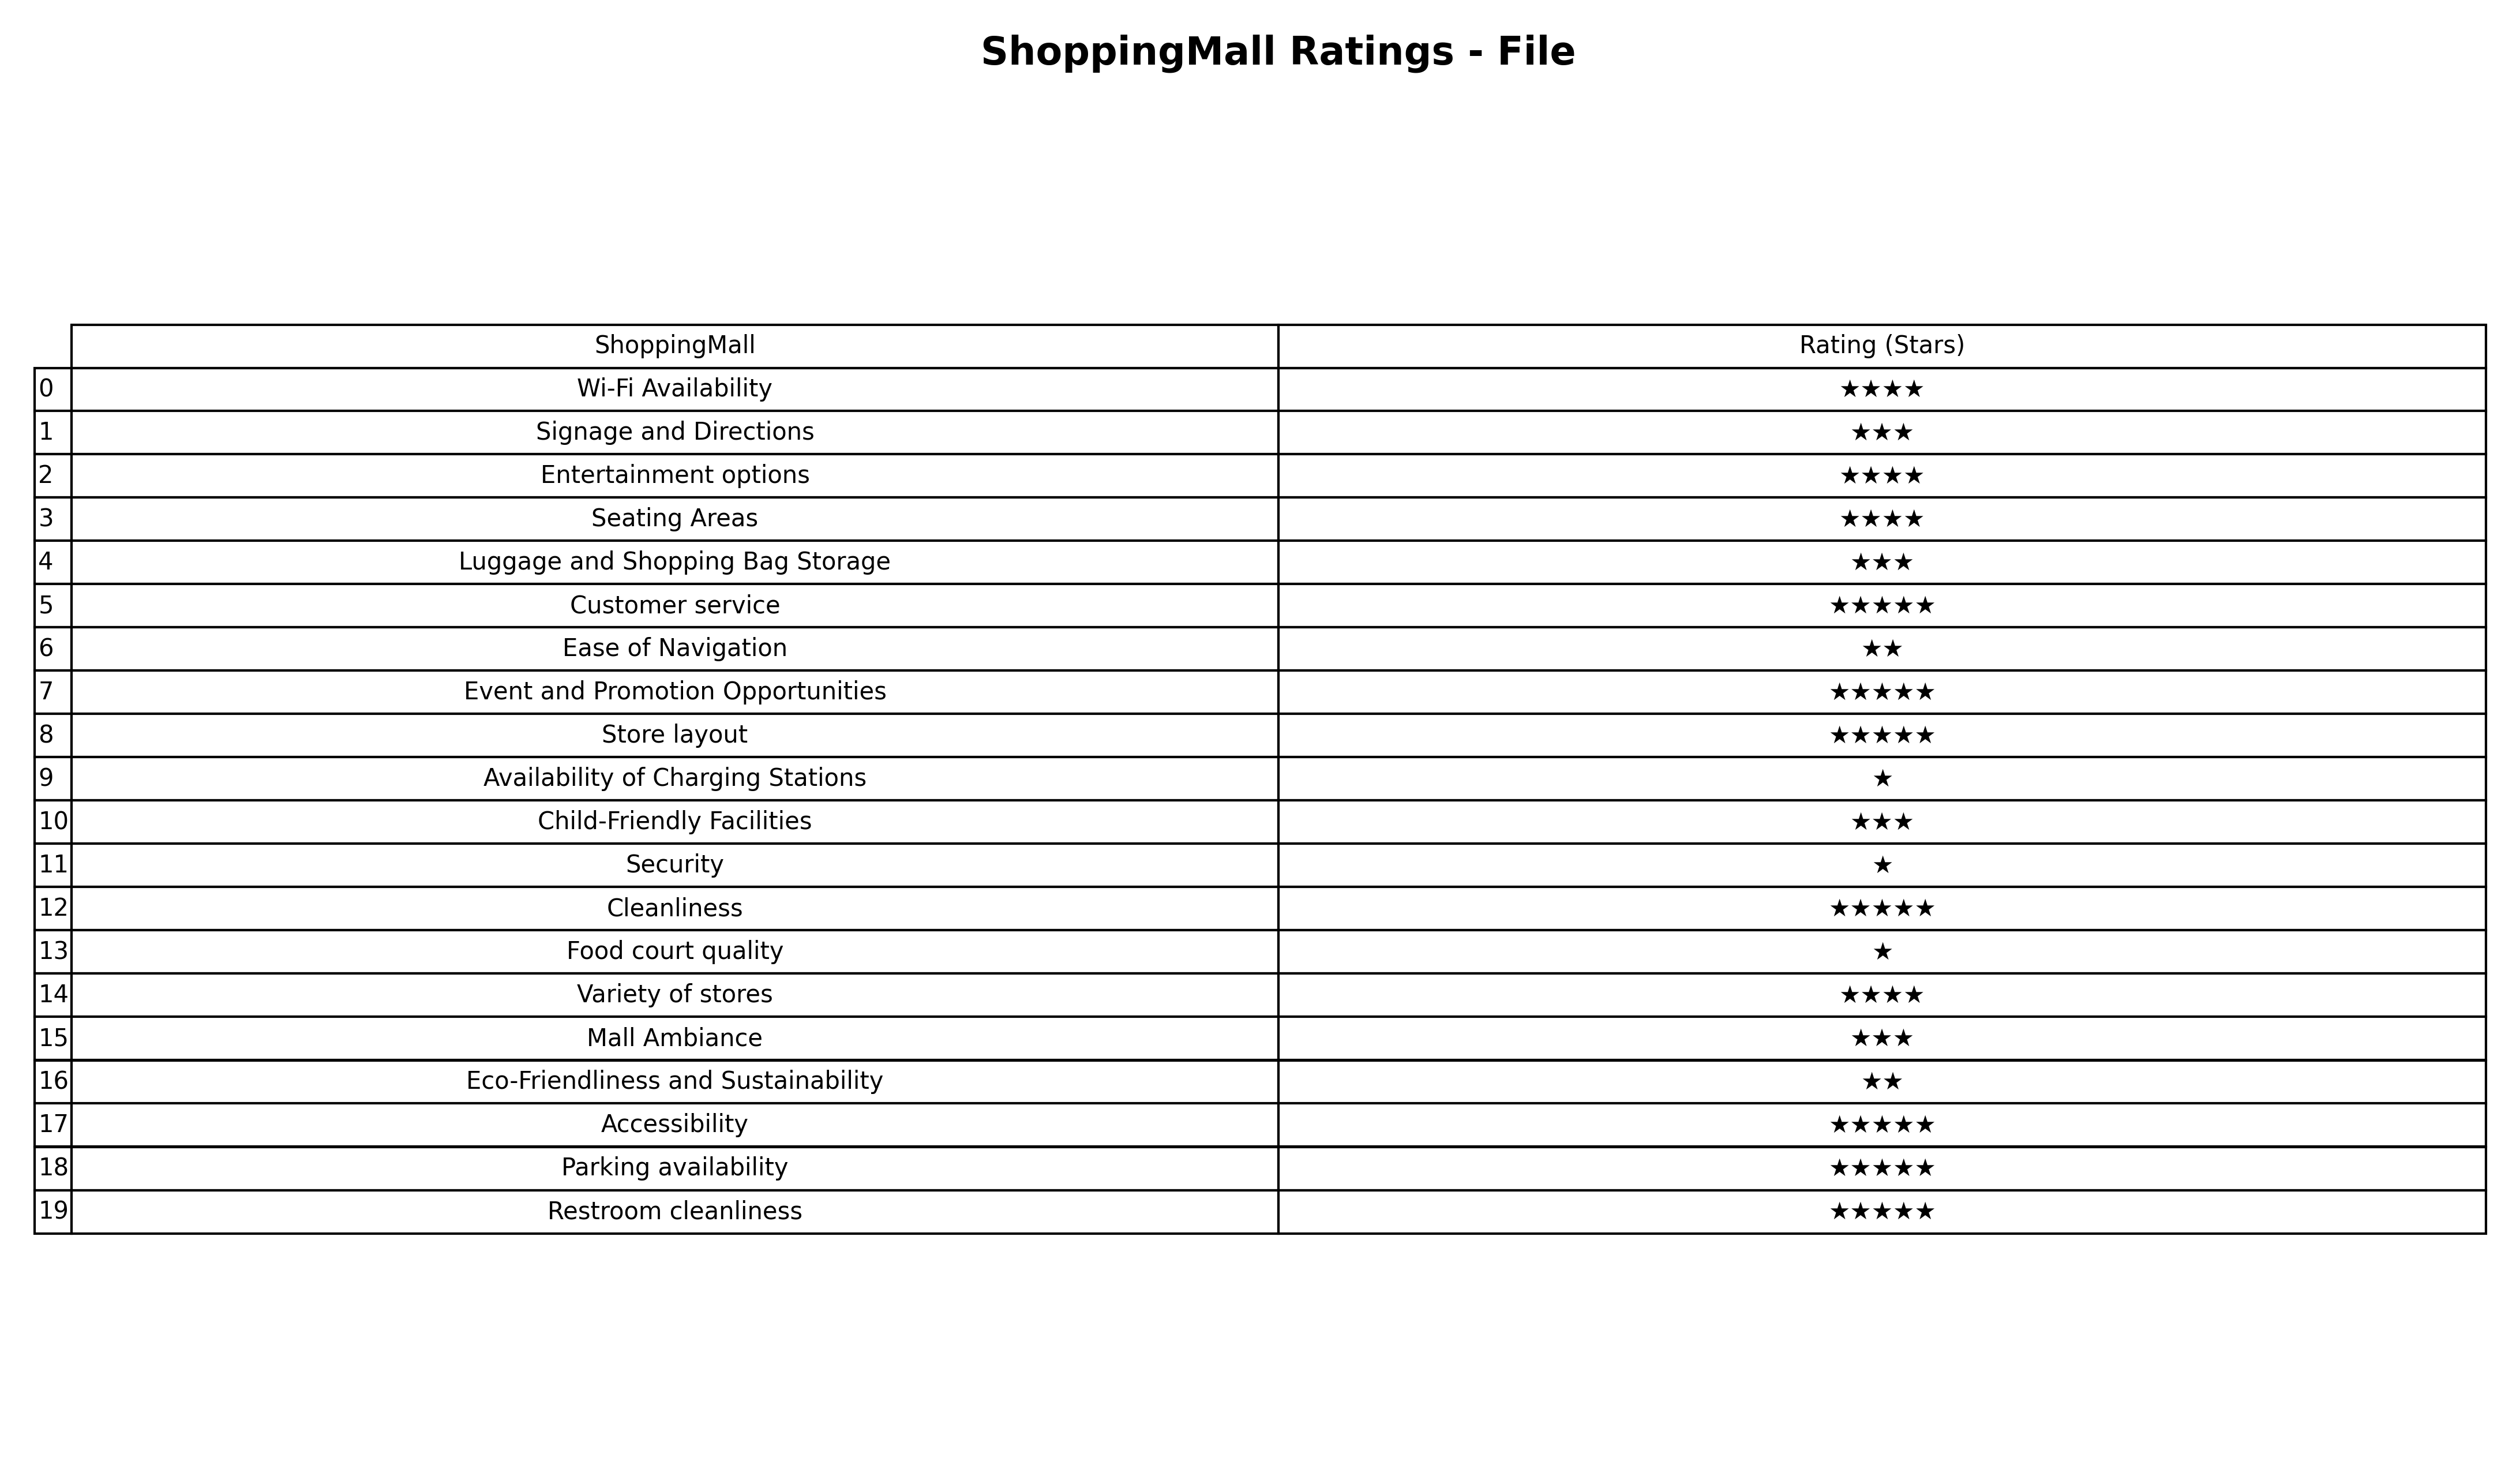
question: What is the rating of Eco-Friendliness and Sustainability?
answer: ★★